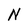
Character: N